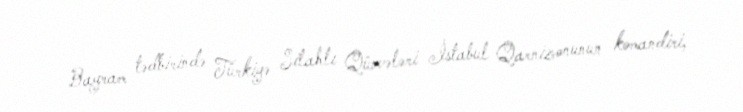
Bayram tədbirində Türkiyə Silahlı Qüvvələri İstabul Qarnizonunun komandiri,